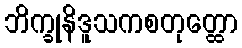
ဘိက္ခုနိဒူသကစတုတ္ထော